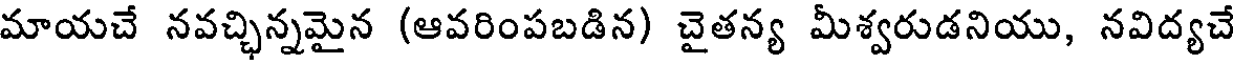
మాయచే నవచ్చిన్నమైన (ఆవరింపబడిన) చైతన్య మీశ్వరుడనియు, నవిద్యచే